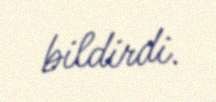
bildirdi.